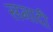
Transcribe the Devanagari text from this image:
समादी